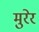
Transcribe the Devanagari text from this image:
मुरेर